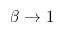
\beta \rightarrow 1